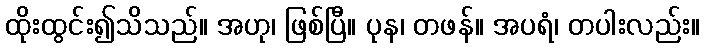
ထိုးထွင်း၍သိသည်။ အဟု၊ ဖြစ်ပြီ။ ပုန၊ တဖန်။ အပရံ၊ တပါးလည်း။